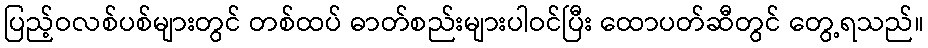
ပြည့်ဝလစ်ပစ်များတွင် တစ်ထပ် ဓာတ်စည်းများပါဝင်ပြီး ထောပတ်ဆီတွင် တွေ့ရသည်။